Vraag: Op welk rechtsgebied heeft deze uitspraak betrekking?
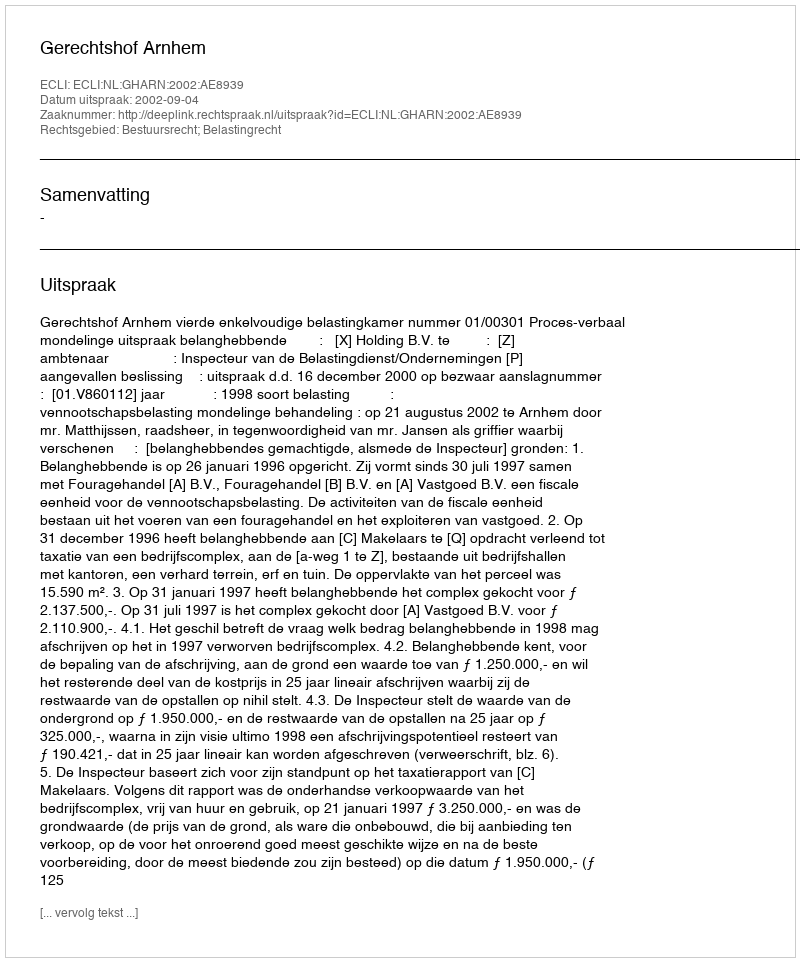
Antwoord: Bestuursrecht; Belastingrecht